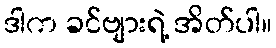
ဒါက ခင်ဗျားရဲ့ အိတ်ပါ။